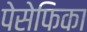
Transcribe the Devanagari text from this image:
पेसेफिका